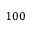
1 0 0